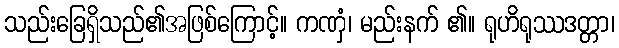
သည်းခြေရှိသည်၏အဖြစ်ကြောင့်။ ကဏှံ၊ မည်းနက် ၏။ ရုဟိရုဿဒတ္တာ၊